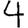
Digit: 4